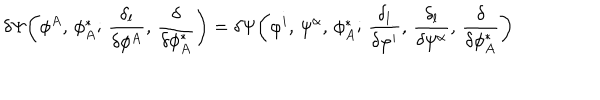
LaTeX: \delta \Psi \bigg ( \phi ^ { A } , \, \phi _ { A } ^ { * } ; \, \frac { \delta _ { l } } { \delta \phi ^ { A } } , \, \frac { \delta } { \delta \phi _ { A } ^ { * } } \bigg ) = \delta \Psi \bigg ( \varphi ^ { i } , \, \psi ^ { \alpha } , \, \phi _ { A } ^ { * } ; \, \frac { \delta _ { l } } { \delta \varphi ^ { i } } , \, \frac { \delta _ { l } } { \delta \psi ^ { \alpha } } , \, \frac { \delta } { \delta \phi _ { A } ^ { * } } \bigg )